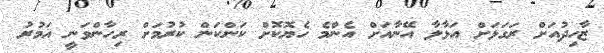
ޒާހިދުއަށް ރަގަޅަށް އަޅާލާ އޭނާއަށް އެންމެ ހެޔޮކޮށް ކަންކަން ކުރުމަށް ރިހާންވަނީ އަމުރު